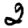
Digit: 2